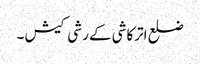
ضلع اترکاشی کے رشی کیش ۔